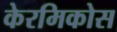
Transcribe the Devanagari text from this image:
केरमिकोस